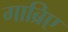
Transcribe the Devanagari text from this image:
गाब्रिए